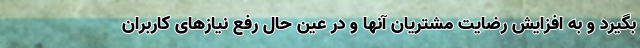
بگیرد و به افزایش رضایت مشتریان آنها و در عین حال رفع نیازهای کاربران